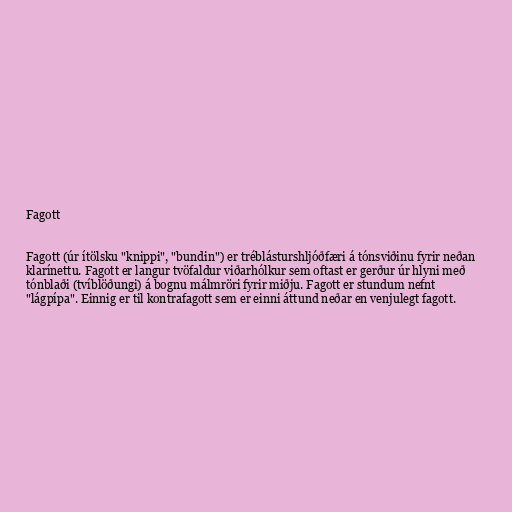
Fagott

Fagott (úr ítölsku "knippi", "bundin") er tréblásturshljóðfæri á tónsviðinu fyrir neðan
klarínettu. Fagott er langur tvöfaldur viðarhólkur sem oftast er gerður úr hlyni með
tónblaði (tvíblöðungi) á bognu málmröri fyrir miðju. Fagott er stundum nefnt
"lágpípa". Einnig er til kontrafagott sem er einni áttund neðar en venjulegt fagott.